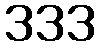
333